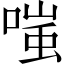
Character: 嗤